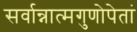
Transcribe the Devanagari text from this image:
सर्वान्नात्मगुणोपेतां